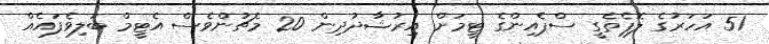
51 އަހަރުގެ ލޮޕެތެގީ ސްޕެއިންގެ ޓީމަށް އިރުޝާދުދިން 20 މެޗުންވެސް އެޓީމް ބަލިވެފައެއް